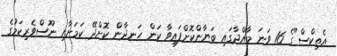
އެތިކްސް"ގެ 16 ވަނަ މާއްދާގައި ބަޔާންކޮށްފައިވާ ކަން ހަނދާން ކޮށްދޭ ކަމަށާއި ނޫސްވެރިކަމުގެ